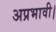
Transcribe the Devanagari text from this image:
अप्रभावी।